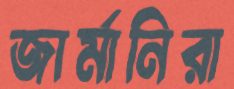
জার্মানিরা